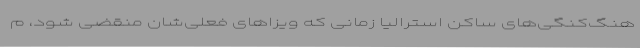
هنگ‌کنگی‌های ساکن استرالیا زمانی که ویزاهای فعلی‌شان منقضی شود، م